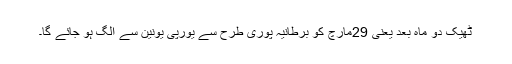
ٹھیک دو ماہ بعد یعنی 29مارچ کو برطانیہ پوری طرح سے یورپی یونین سے الگ ہو جائے گا۔